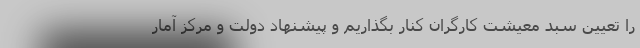
را تعیین سبد معیشت کارگران کنار بگذاریم و پیشنهاد دولت و مرکز آمار